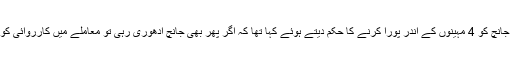
تب ہائی کورٹ نے جانچ کو 4 مہینوں کے اندر پورا کرنے کا حکم دیتے ہوئے کہا تھا کہ اگر پھر بھی جانچ ادھوری رہی تو معاملے میں کارروائی کو ختم کردیا جائےگا۔